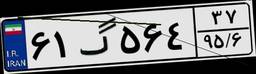
۶۱گ۵۶۴۳۷